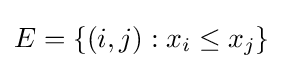
E=\{(i,j):x_{i}\leq x_{j}\}